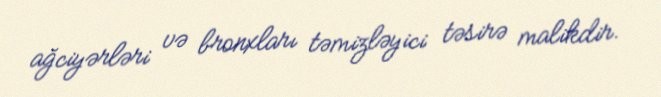
ağciyərləri və bronxları təmizləyici təsirə malikdir.